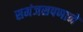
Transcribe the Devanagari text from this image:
समंजसपणाने